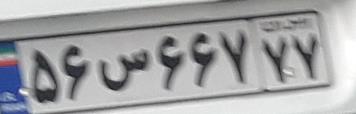
۵۶س۶۶۷۷۷